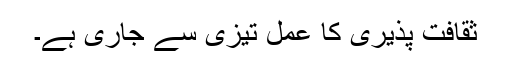
ثقافت پذیری کا عمل تیزی سے جاری ہے۔